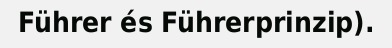
Führer és Führerprinzip).